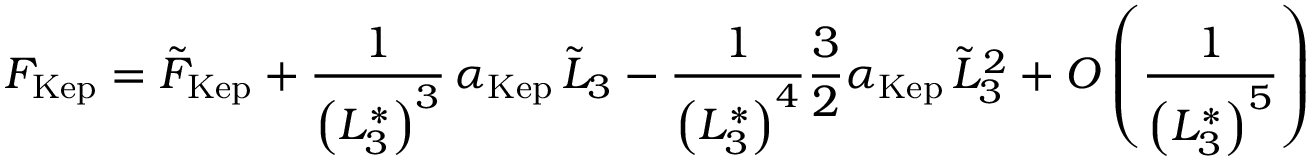
F _ { \mathrm { K e p } } = \tilde { F } _ { \mathrm { K e p } } + \frac { 1 } { \left( L _ { 3 } ^ { * } \right) ^ { 3 } } \, \alpha _ { \mathrm { K e p } } \, \tilde { L } _ { 3 } - \frac { 1 } { \left( L _ { 3 } ^ { * } \right) ^ { 4 } } \frac { 3 } { 2 } \alpha _ { \mathrm { K e p } } \, \tilde { L } _ { 3 } ^ { 2 } + O \left( \frac { 1 } { \left( L _ { 3 } ^ { * } \right) ^ { 5 } } \right)